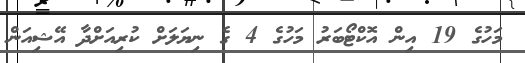
މަހުގެ 19 އިން އޮކްޓޯބަރު މަހުގެ 4 ގެ ނިޔަލަށް ކުރިއަށްދާ އޭޝިއަން